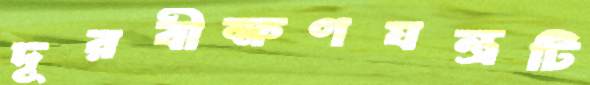
দূরবীক্ষণযন্ত্রটি